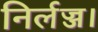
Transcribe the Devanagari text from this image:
निर्लज्ज।